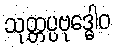
သုတ္တပ္ပဗုဒ္ဓေါဝ